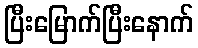
ပြီးမြောက်ပြီးနောက်